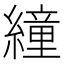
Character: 𦅅